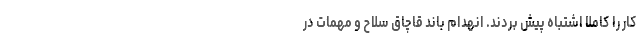
کار را کاملاً اشتباه پیش بردند. انهدام باند قاچاق سلاح و مهمات در